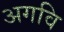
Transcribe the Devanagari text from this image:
अगवि